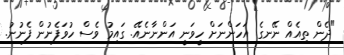
"ދެން ތިއެއް ނޭނގެ. އަހަންނަށް ހީވަނީ އަންނާނެއޭ. ގައިމު ވެސް ހުވަފެނުން ފެނުނު.